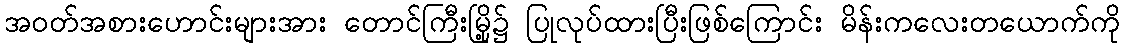
အဝတ်အစားဟောင်းများအား တောင်ကြီးမြို့၌ ပြုလုပ်ထားပြီးဖြစ်ကြောင်း မိန်းကလေးတယောက်ကို